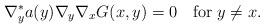
LaTeX: \begin{align*}\nabla^*_y a(y)\nabla_y\nabla_x G(x,y)=0\quad\mbox{for}\;y\not=x.\end{align*}